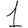
Digit: 1